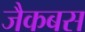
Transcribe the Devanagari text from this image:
जैकबस